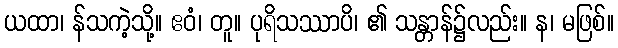
ယထာ၊ န်သကဲ့သို့။ ဧဝံ၊ တူ။ ပုရိသဿာပိ၊ ၏ သန္တာန်၌လည်း။ န၊ မဖြစ်။